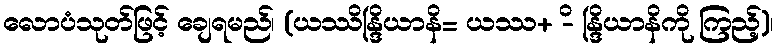
လောပံသုတ်ဖြင့် ချေရမည်၊ (ယဿိန္ဒြိယာနိ= ယဿ+ -ိ န္ဒြိယာနိကို ကြည့်)၊